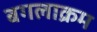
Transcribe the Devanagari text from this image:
बगलाक्रम